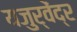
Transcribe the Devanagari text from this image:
यजुर्वेंद्र